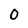
Character: 0